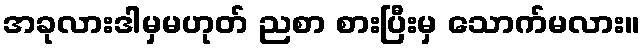
အခုလားဒါမှမဟုတ် ညစာ စားပြီးမှ သောက်မလား။